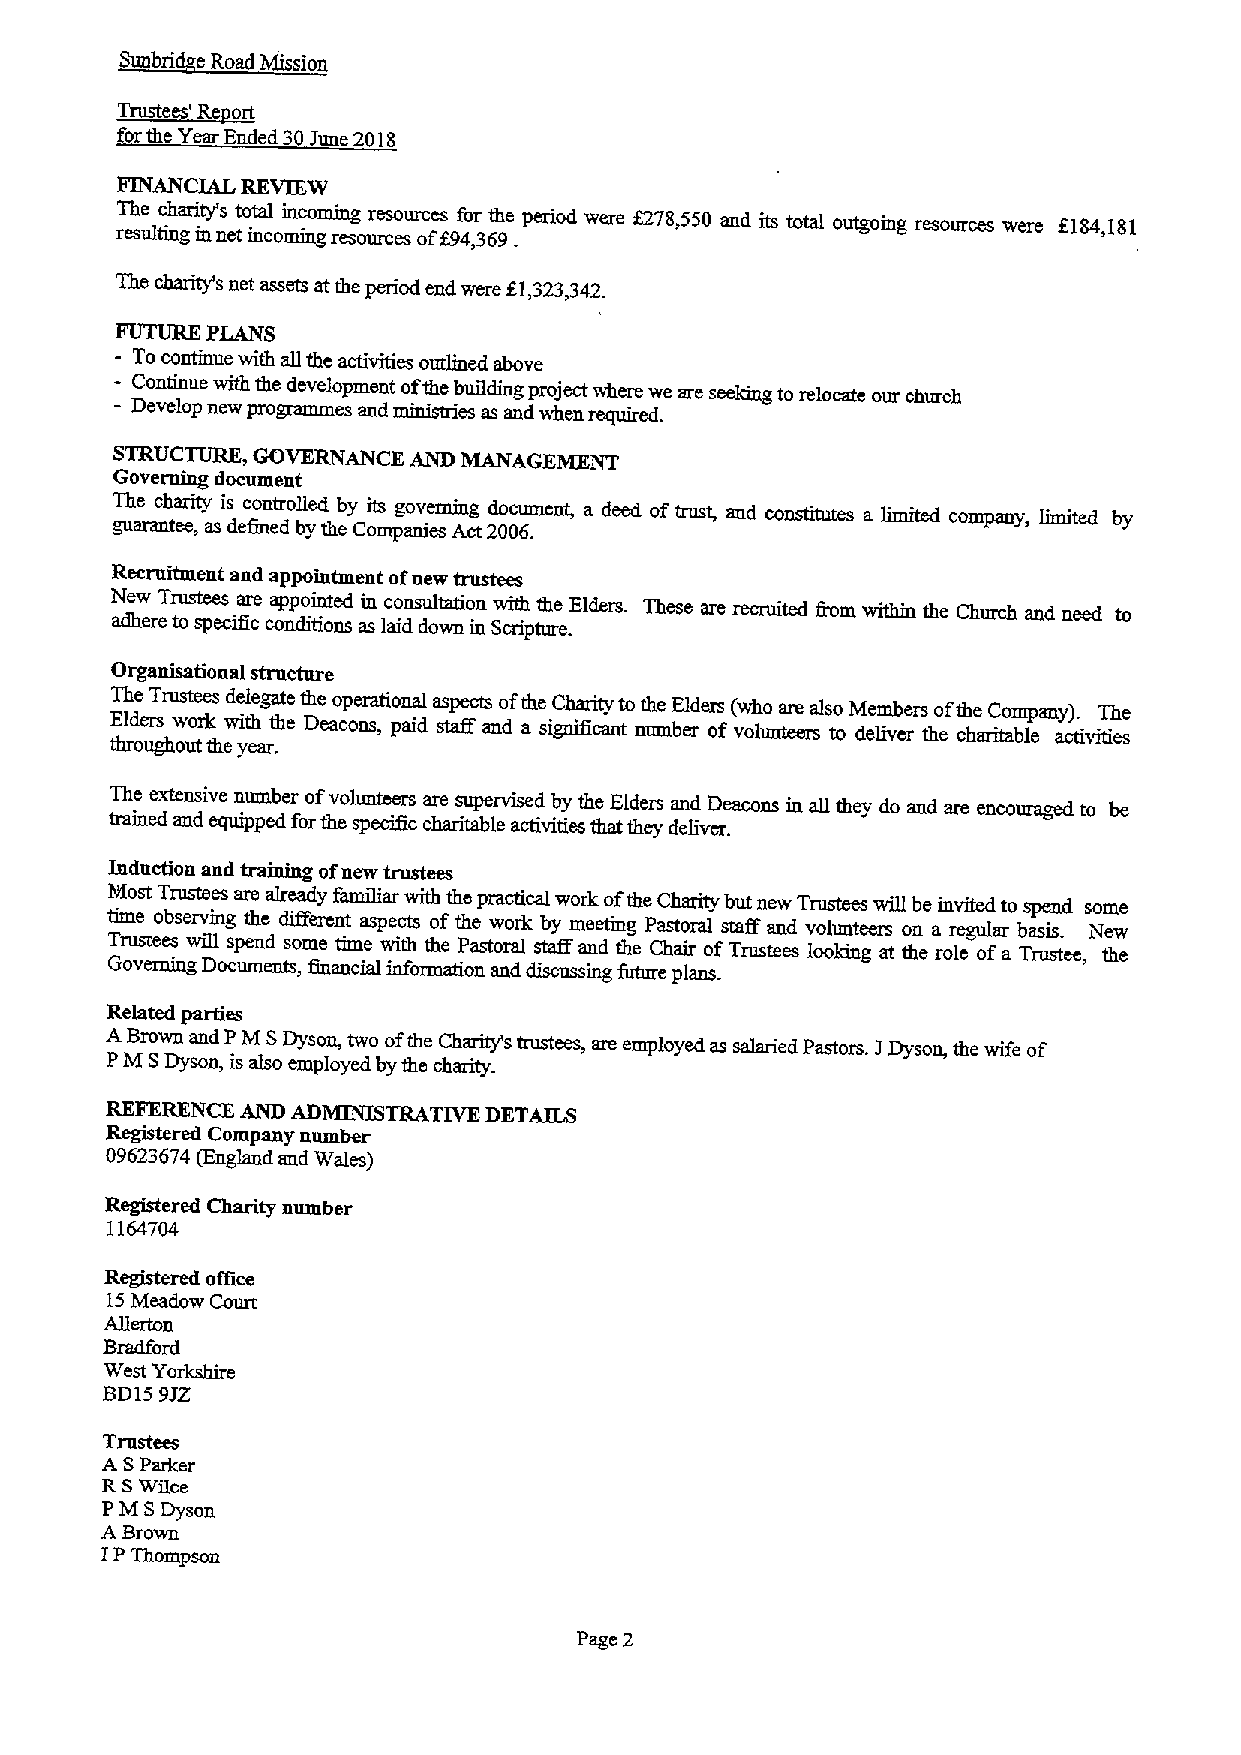
~T'R
 rt
 forthe Y Ended 30June 2018
 FINANCIAL REVIEW
 ~ rT eh sue ltic nh garit my's netto mta cl omin ic no gmm reg sour re cs eo surc oe fs f9f 4o ,r 36th 9e .period were f278,550 and its total outgohg resources were 6184,181
 The charity's net assets atthe period end were f.1323,342.
 PLANS
 - Tocontmue with aU the activities outlmed above
 -
 - Continue with the development ofthe buildhg project where we are seeking to relocate our church
 Develop new programmes and ministries as and when required.
 STRUCTURE, GOVERNANCE AND MANAGEMENT
 Governing document
 gT uh ae ranc th ea er ,ity asis dec fio nn et drol ble yd theby Coit ms pg ao nv iee smm Ag
 ct
 2do 0c 0u 6m .ent, a deed oftrust, and constitutes a limited company, limited by
 Recruitment and appointment ofnew trustees
 New Trustees are appointed in consultation with the Elders. These are recruited from witbm the Church and need to
 adhere to specific conditions as laid down in Scripture.
 Organisational structure
 The Trustees delegate the operational aspects ofthe Charity tothe Elders (who are also Members ofthe Company). The
 Elders work with the Deacons, paid staff and a significant number of voluntem to deliver the charitable activities
 throughout the year.
 The extensive number ofvolunteers are supervised by the Elders and Deacons in all they do and are encoura~ to be
 trained and equipped forthe specific charitable activities that they deliver.
 Induction and training ofnew trustees
 Most Trustees are already familiar with the practical work ofthe Charity but new Trustees will be inviled to spend some
 time observing the difFerent aspects ofthe work~by gmeeting Pastoral staff and volunteers on a regular basis. New
 Trustees wiB spend some time with the Pastoral staff and the Chair ofTrustees looking at the role ofa Trustee, the
 Governing Documents, financial information and future plans.
 Related parties
 ABrown and PM SDyson, two ofthe Charitys trustees, are employed as salaried Pastors. JDyson, the wife of
 PM SDyson, is also employed by the charity.
 REFERENCE AND ADMINISTRATIVE DETAILS
 Registered Company number
 09623674 (England aud Wales)
 Registered Charity number
 1164704
 Registered office
 15Meadow Court
 Allerton
 Bradford
 West Yorkshire
 BD159JZ
 Trustees
 A SParker
 RSWilce
 PM SDyson
 ABrown
 IPThompson
 Page 2